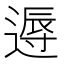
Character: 𨕯